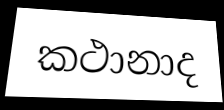
කථානාද